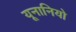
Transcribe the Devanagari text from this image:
यूनानियो